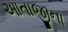
આતાજીના